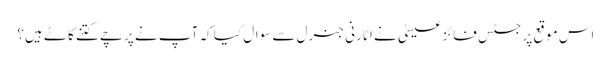
اس موقع پر جسٹس فائزعیسیٰ نے اٹارنی جنرل سے سوال کیا کہ آپ نے پرچے کتنے کاٹے ہیں؟